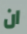
ان